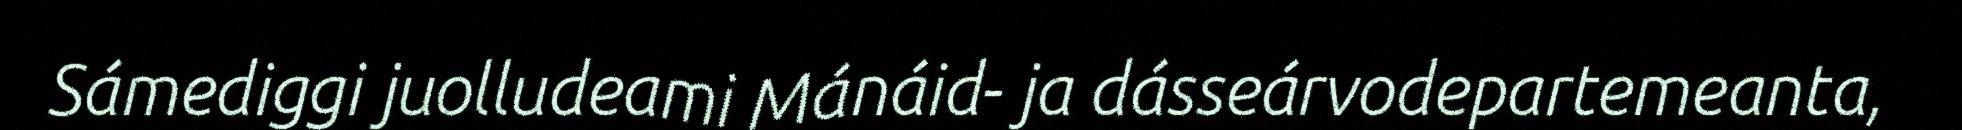
Sámediggi juolludeami Mánáid- ja dásseárvodepartemeanta,